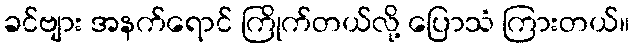
ခင်ဗျား အနက်ရောင် ကြိုက်တယ်လို့ ပြောသံ ကြားတယ်။